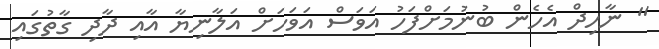
" ނާހިދް އެހެން ބުނުމަށްފަހު އަވަސް އަވަހަށް އަލާނިޔާ އާއި ދާދި ގާތުގައި